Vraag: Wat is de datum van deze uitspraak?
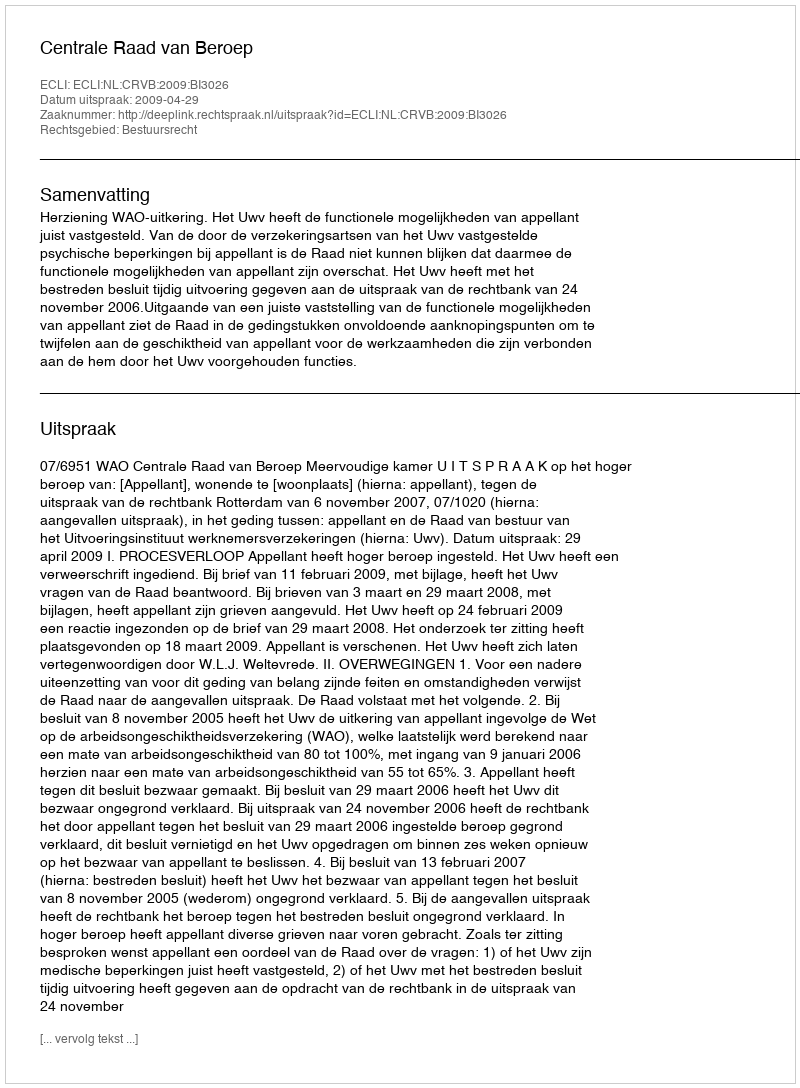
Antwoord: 2009-04-29